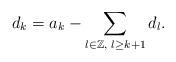
LaTeX: \begin{align*}d_{k}=a_{k}-\sum_{l\in\mathbb{Z},\,\,l\geq k+1 }d_{l}.\end{align*}